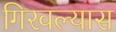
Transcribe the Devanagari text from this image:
गिरवल्यास